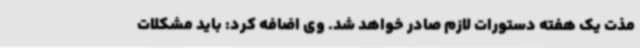
مذت یک هفته دستورات لازم صادر خواهد شد. وی اضافه کرد: باید مشکلات